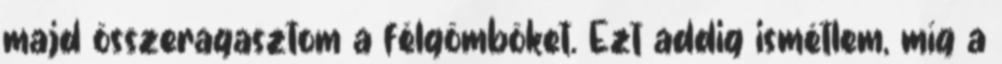
majd összeragasztom a félgömböket. Ezt addig ismétlem, míg a